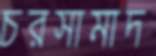
চরসামাদ